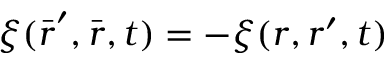
\xi ( \bar { \boldsymbol { r } } ^ { \prime } , \bar { \boldsymbol { r } } , t ) = - \xi ( \boldsymbol { r } , \boldsymbol { r } ^ { \prime } , t )